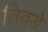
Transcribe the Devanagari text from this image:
तिवडे